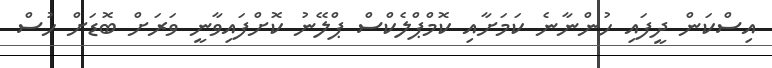
އިސްކަން ދީފައި ހުންނާނެ ކަމަށާއި ކޮމްޕްލެކްސް ޕްލޭނު ކޮށްފައިވާނީ ވަރަށް ބޮޑަށް ހުސް